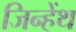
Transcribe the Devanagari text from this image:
जिन्हेंथ